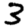
Digit: 3